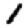
Digit: 1